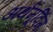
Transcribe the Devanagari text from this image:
अर्थमूविंग